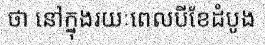
ថា នៅក្នុងរយៈពេលបីខែដំបូង